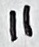
Text: 11